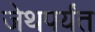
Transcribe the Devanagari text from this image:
जेथपर्यंत